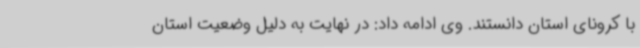
با کرونای استان دانستند. وی ادامه داد: در نهایت به دلیل وضعیت استان